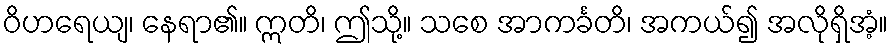
ဝိဟရေယျ၊ နေရာ၏။ ဣတိ၊ ဤသို့။ သစေ အာကင်္ခတိ၊ အကယ်၍ အလိုရှိအံ့။